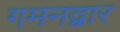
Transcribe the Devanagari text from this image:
गमनद्वार